Vaccination in Bombay 1924-1928 - 1924-1928
Year: 1924
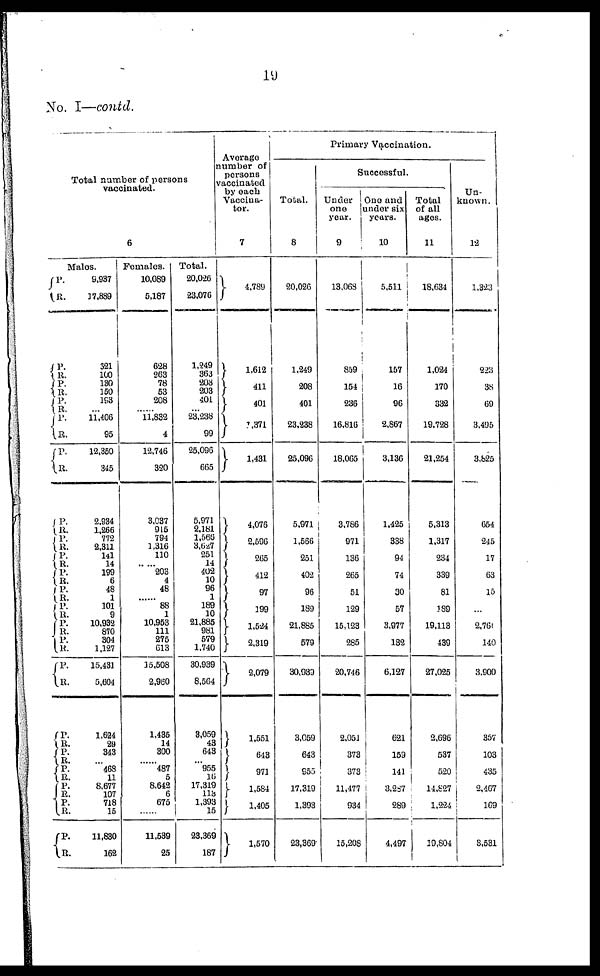
19
No. I—contd.
Total number of persons
vaccinated.
6
Males.
P.
R.
P.
R.
P.
R.
P.
R.
P.
R.
P.
R.
P.
R.
P.
R.
P.
R.
P.
R.
P.
R.
P.
R.
P.
R.
P.
R.
P.
R.
P.
R.
P.
R.
P.
R.
P.
R.
P.
R.
P.
R.
9,937
17,889
321
100
130
150
193
... 11,406
95
12,350
345
2,934
1,266
772
2,311
141
14
199
6
48
1
101
9
10,932
870
304
1,127
15,431
5,604
1,624
29
343
...
468
11
8,677
107
718
15
11,830
162
Females.
10,089
5,187
628
263
78
53
208
...... 11,832
4
12,746
320
3,037
915
794
1,316
110
...... 203
4
48
...... 88
1
10,953
111
275
613
15,508
2,960
1,435
14
300
...... 487
5
8,642
6
675
......
11,539
25
Total.
20,026
23,076
1,249
363
208
203
401
... 23,238
99
25,096
665
5,971
2,181
1,566
3,627
251
14
402
10
96
1
189
10
21,885
981
579
1,740
30,939
8,564
3,059
43
643
... 955
16
17,319
118
1,393
15
23,369
187
Average
number of
persons
vaccinated
by each
Vaccina¬
tor.
7
4,789
1,612
411
401
1,371
1,431
4,076
2,596
265
412
97
199
1,524
2,319
2,079
1,551
648
971
1,584
1,405
1,570
Primary Vaccination.
Total.
8
20,026
1,249
208
401
23,238
25,096
5,971
1,566
251
402
96
189
21,885
579
30,939
3,059
643
955
17,319
1,393
23,369
Successful.
Under
one
year.
9
13,068
859
154
236
16,816
18,065
3,786
971
136
265
51
129
15,123
285
20,746
2,051
373
373
11,477
934
15,208
One and
under six
years.
10
5,511
157
16
96
2,867
3,136
1,425
338
94
74
30
57
3,977
132
6,127
621
159
141
3,287
289
4,497
Total
of all
ages.
11
18,634
1,024
170
332
19,728
21,254
5,313
1,317
234
339
81
189
19,113
439
27,025
2,696
537
520
14,827
1,224
19,804
Un-
known.
12
1,323
223
38
69
3,495
3,825
654
245
17
63
15
...
2,760
140
3,900
357
103
435
2,467
169
3,531